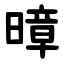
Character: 暲